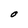
Character: O